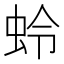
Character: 蛉